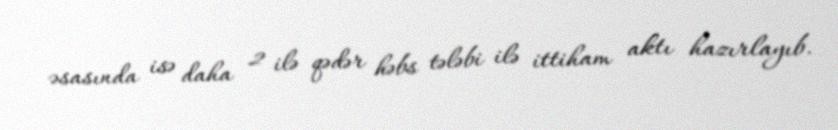
əsasında isə daha 2 ilə qədər həbs tələbi ilə ittiham aktı hazırlayıb.